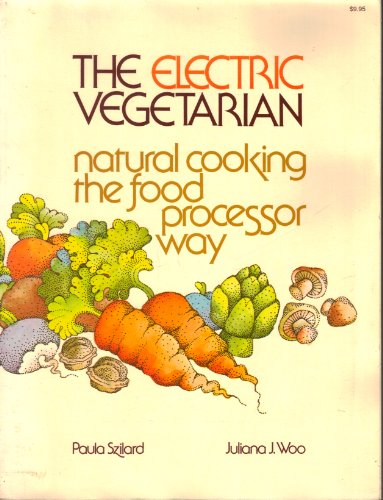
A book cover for The Electric Vegetarian: Natural Cooking the Food Processor Way; Paula Szilard; Cookbooks, Food & Wine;